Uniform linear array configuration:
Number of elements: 32
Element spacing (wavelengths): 0.25
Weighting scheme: binomial
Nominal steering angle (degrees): -45
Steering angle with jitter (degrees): -46.59
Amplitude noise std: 0.05
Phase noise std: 0.05

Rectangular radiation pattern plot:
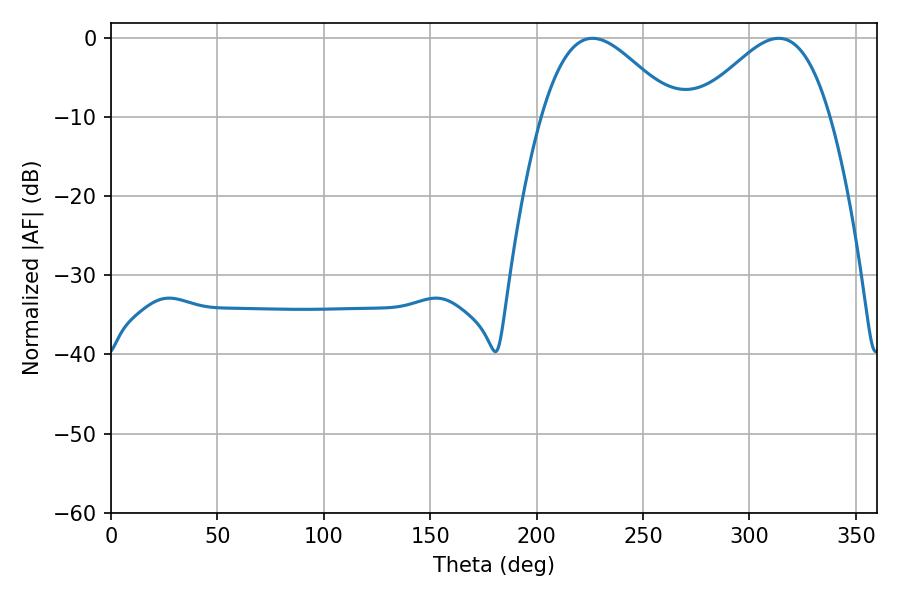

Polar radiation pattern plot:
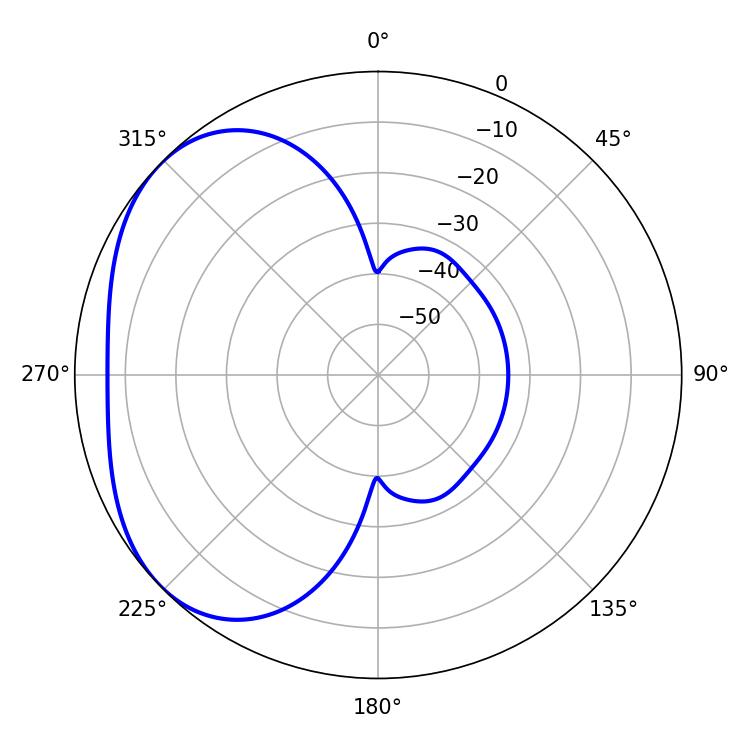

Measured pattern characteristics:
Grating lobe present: FALSE
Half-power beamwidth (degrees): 33.48
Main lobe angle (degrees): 226.26